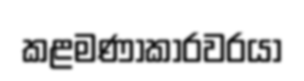
කළමණාකාරවරයා